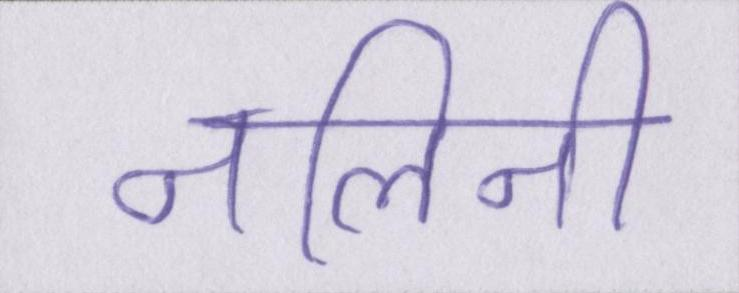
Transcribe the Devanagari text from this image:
नलिनी